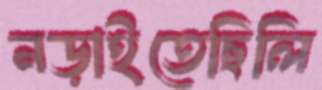
নড়াইতেছিলি